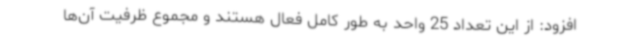
افزود: از این تعداد 25 واحد به طور کامل فعال هستند و مجموع ظرفیت آن‌ها